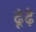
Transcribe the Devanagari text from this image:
ढूंढ़े